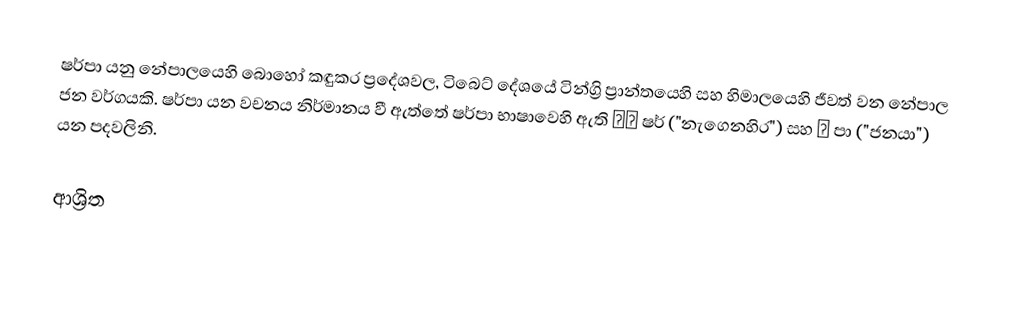
ෂර්පා යනු නේපාලයෙහි බොහෝ කඳුකර ප්‍රදේශවල, ටිබෙට් දේශයේ ටින්ග්‍රි ප්‍රාන්තයෙහි සහ හිමාලයෙහි ජීවත් වන නේපාල ජන වර්ගයකි. ෂර්පා යන වචනය නිර්මානය වී ඇත්තේ ෂර්පා භාෂාවෙහි ඇති ཤར ෂර් ("නැගෙනහිර") සහ པ පා ("ජනයා") යන පදවලිනි.

ආශ්‍රිත